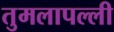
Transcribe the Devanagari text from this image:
तुमलापल्ली